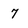
Character: 7